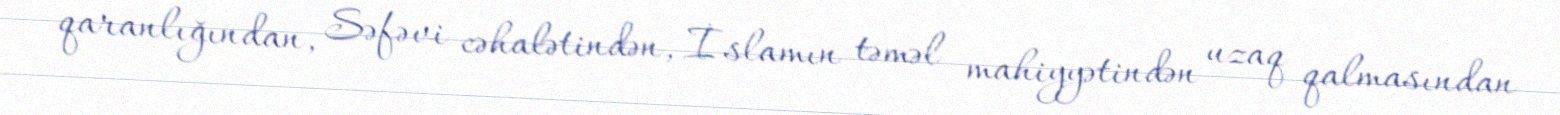
qaranlığından, Səfəvi cəhalətindən, İslamın təməl mahiyyətindən uzaq qalmasından